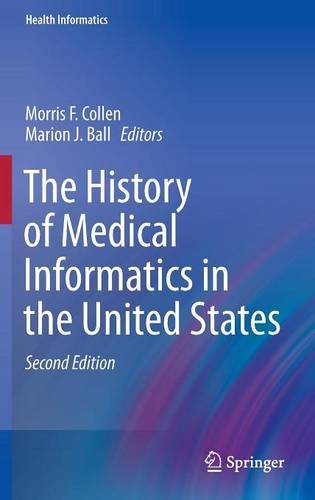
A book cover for The History of Medical Informatics in the United States (Health Informatics); Medical Books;